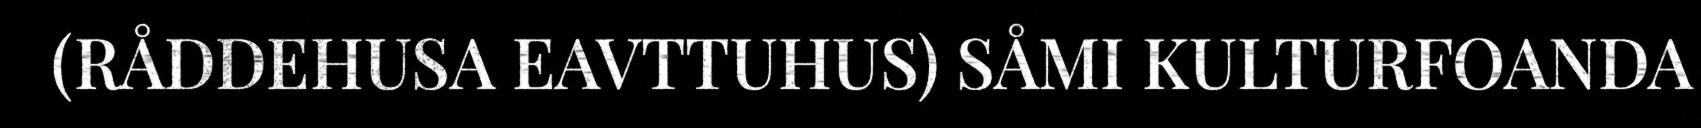
(RÅDDEHUSA EAVTTUHUS) SÅMI KULTURFOANDA